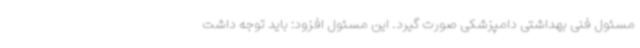
مسئول فنی بهداشتی دامپزشکی صورت گیرد. این مسئول افزود: باید توجه داشت